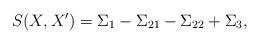
LaTeX: \begin{align*}S(X, X') = \Sigma_1 - \Sigma_{21} - \Sigma_{22} + \Sigma_3,\end{align*}